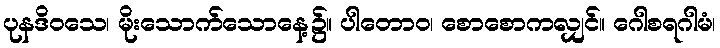
ပုနဒိဝသေ၊ မိုးသောက်သောနေ့၌။ ပါတောဝ၊ စောစောကလျှင်။ ဂေါစရဂါမံ၊